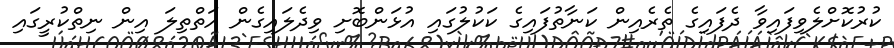
ކުރުކޮށްލެވިފައިވާ ދެފައިގެ ތެރެއިން ކަނާތުފައިގެ ކަކުލުގައި އުޅަންބޮށި ވިދެލައިގެން އަތްތިލަ އިން ނިތްކުރީގައި